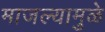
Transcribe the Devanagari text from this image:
माजल्यामुळे